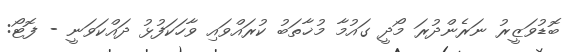
ބޮޑުވަޒީރު ނަރެންދުރަ މޯދީ ގައުމާ މުޚާތަބު ކުރައްވައި ވާހަކަފުޅު ދައްކަވަނީ - ފޮޓޯ: